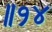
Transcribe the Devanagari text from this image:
॥१४